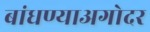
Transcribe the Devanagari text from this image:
बांधण्याअगोदर